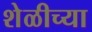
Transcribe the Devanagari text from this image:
शेळीच्या